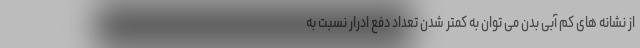
از نشانه های کم آبی بدن می توان به کمتر شدن تعداد دفع ادرار نسبت به